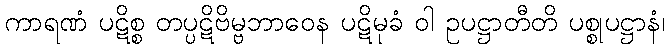
ကာရဏံ ပဋိစ္စ တပ္ပဋိဗိမ္ဗဘာဝေန ပဋိမုခံ ဝါ ဥပဋ္ဌာတီတိ ပစ္စုပဋ္ဌာနံ၊